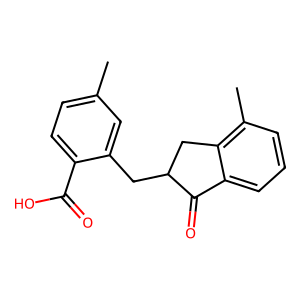
SMILES: Cc1ccc(C(=O)O)c(CC2Cc3c(C)cccc3C2=O)c1
Inhibits HIV replication: No